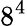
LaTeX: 8^{4}